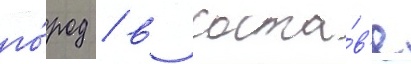
го́род / в соста́в'е